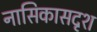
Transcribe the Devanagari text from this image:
नासिकासदृश